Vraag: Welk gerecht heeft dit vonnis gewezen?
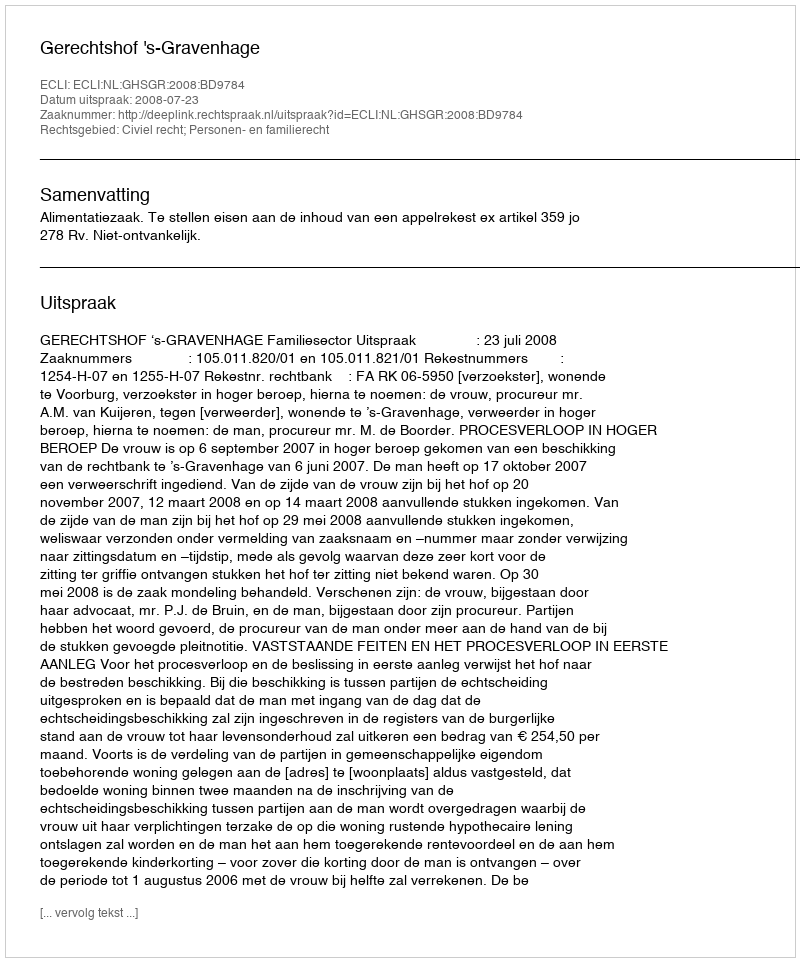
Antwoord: Gerechtshof 's-Gravenhage